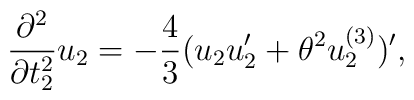
\frac{\partial^{2}}{\partial t^{2}_{2}} u_2=-\frac{4}{3}(u_{2}u'_{2} + {\theta}^{2}u_{2}^{(3)})',